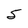
Character: 5